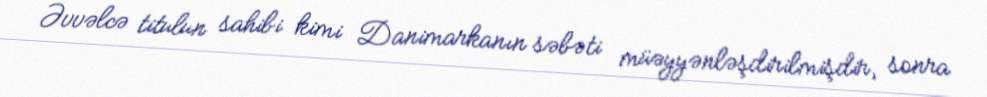
Əvvəlcə titulun sahibi kimi Danimarkanın səbəti müəyyənləşdirilmişdir, sonra